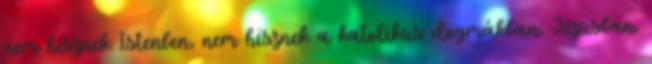
nem hisznek Istenben, nem hisznek a katolikus dogmákban, Jézusban,